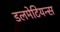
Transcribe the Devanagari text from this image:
डलमेटियन्स